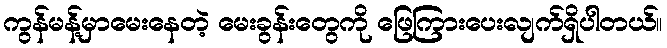
ကွန်မန့်မှာမေးနေတဲ့ မေးခွန်းတွေကို ဖြေကြားပေးလျက်ရှိပါတယ်။